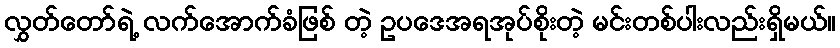
လွှတ်တော်ရဲ့ လက်အောက်ခံဖြစ် တဲ့ ဥပဒေအရအုပ်စိုးတဲ့ မင်းတစ်ပါးလည်းရှိမယ်။